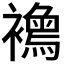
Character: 𧞦